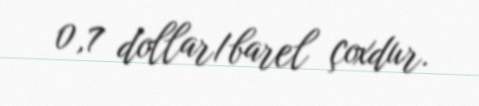
0,7 dollar/barel çoxdur.